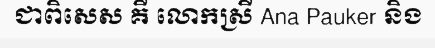
ជាពិសេស គឺ លោកស្រី Ana Pauker និង